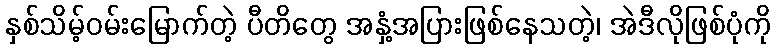
နှစ်သိမ့်ဝမ်းမြောက်တဲ့ ပီတိတွေ အနှံ့အပြားဖြစ်နေသတဲ့၊ အဲဒီလိုဖြစ်ပုံကို